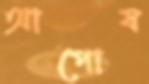
আপোষ